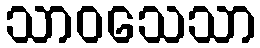
သာဝသေသာ